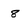
Character: 8